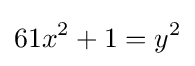
61x^{2}+1=y^{2}